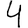
Digit: 4